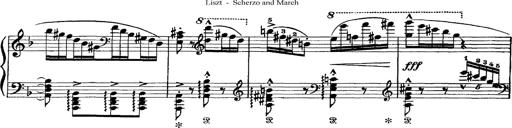
Title: Scherzo und Marsch
Composer: Franz Liszt